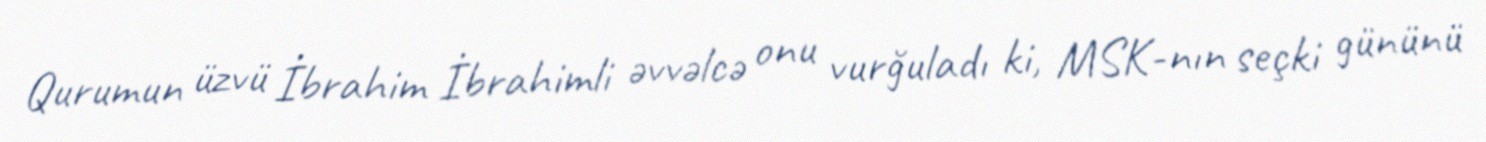
Qurumun üzvü İbrahim İbrahimli əvvəlcə onu vurğuladı ki, MSK-nın seçki gününü